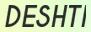
DESHTI